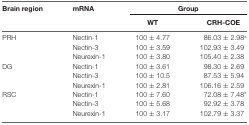
<table><thead><tr><td><b>Brain region</b></td><td><b>mRNA</b></td><td colspan="2"><b>Group</b></td></tr><tr><td></td><td></td><td><b>WT</b></td><td><b>CRH-COE</b></td></tr></thead><tbody><tr><td>PRH</td><td>Nectin-1</td><td>100 ± 4.77</td><td>86.03 ± 2.98*</td></tr><tr><td></td><td>Nectin-3</td><td>100 ± 3.59</td><td>102.93 ± 3.49</td></tr><tr><td></td><td>Neurexin-1</td><td>100 ± 3.80</td><td>105.40 ± 2.38</td></tr><tr><td>DG</td><td>Nectin-1</td><td>100 ± 3.61</td><td>98.30 ± 2.69</td></tr><tr><td></td><td>Nectin-3</td><td>100 ± 10.5</td><td>87.53 ± 5.94</td></tr><tr><td></td><td>Neurexin-1</td><td>100 ± 2.81</td><td>106.16 ± 2.59</td></tr><tr><td>RSC</td><td>Nectin-1</td><td>100 ± 7.60</td><td>72.08 ± 7.48*</td></tr><tr><td></td><td>Nectin-3</td><td>100 ± 5.68</td><td>92.92 ± 3.78</td></tr><tr><td></td><td>Neurexin-1</td><td>100 ± 3.17</td><td>102.79 ± 3.37</td></tr></tbody></table>